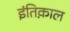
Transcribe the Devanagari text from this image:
इंतिक़ाल